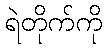
ရဲတိုက်ကို